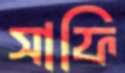
সাফি